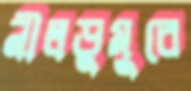
নীলডুমুরে